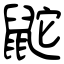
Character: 鼧